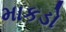
માકડો